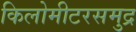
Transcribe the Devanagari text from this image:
किलोमीटरसमुद्र